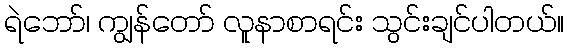
ရဲဘော်၊ ကျွန်တော် လူနာစာရင်း သွင်းချင်ပါတယ်။